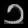
Digit: ၁